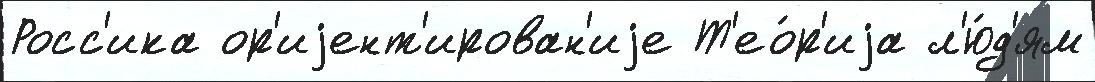
Росс'ика ор'иjент'ирован'иjе Т'ео́р'иjа л'ю́д'ям